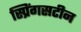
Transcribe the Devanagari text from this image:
स्प्रिंगसटीन